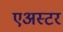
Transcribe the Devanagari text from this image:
एअस्टर